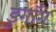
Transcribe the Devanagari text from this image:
डुगाँग